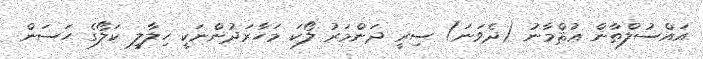
އައްސުލްޠާން ޢުޘްމާނު (ދެވަނަ) ސިރީ ދަންމަރު ލޯކަ މަހާރަދުންނަކީ ހިލާލީ ކަލޯގެ ޙަސަން